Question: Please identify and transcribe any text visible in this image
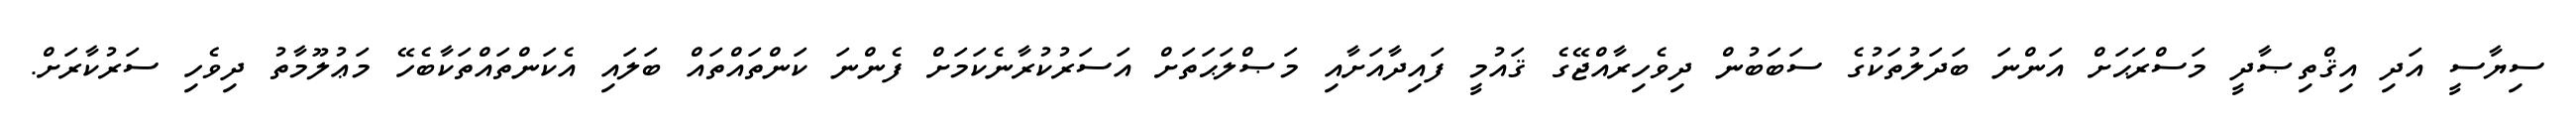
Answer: ސިޔާސީ އަދި އިޤްތިޞާދީ މަސްރަޙަށް އަންނަ ބަދަލުތަކުގެ ސަބަބުން ދިވެހިރާއްޖޭގެ ޤައުމީ ފައިދާއަށާއި މަޞްލަޙަތަށް އަސަރުކުރާނެކަމަށް ފެންނަ ކަންތައްތައް ބަލައި އެކަންތައްތަކާބެހޭ މަޢުލޫމާތު ދިވެހި ސަރުކާރަށް.